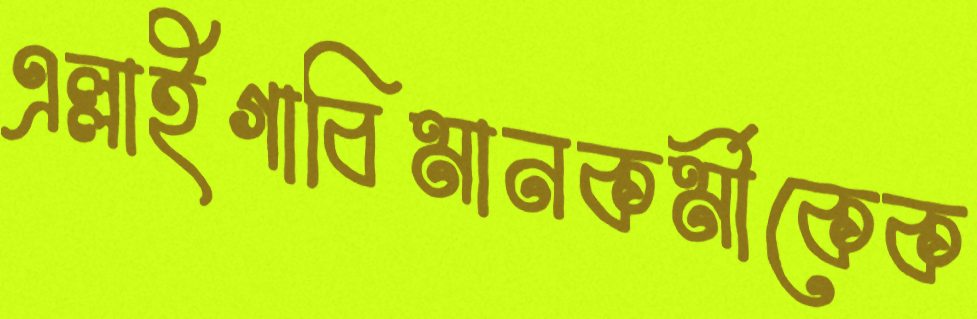
এল্লাইগাবিমানকর্মীকেক